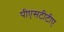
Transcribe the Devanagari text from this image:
पीएसटीटीए